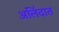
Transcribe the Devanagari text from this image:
अलिंदात